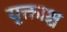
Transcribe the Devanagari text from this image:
युक्ताश्च